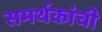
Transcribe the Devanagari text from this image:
समर्थकांची